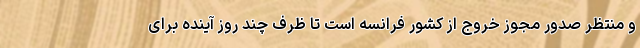
و منتظر صدور مجوز خروج از کشور فرانسه است تا ظرف چند روز آینده برای